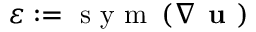
\varepsilon : = \mathrm { ~ s ~ y ~ m ~ } \left( \nabla \textbf { u } \right)